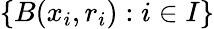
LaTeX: \{ B(x_{i},r_{i}):i\in I\}